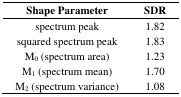
| Shape Parameter | SDR |
 | --- | --- |
 | spectrum peak | 1.82 |
 | squared spectrum peak | 1.83 |
 | M0 (spectrum area) | 1.23 |
 | M1 (spectrum mean) | 1.70 |
 | M2 (spectrum variance) | 1.08 |